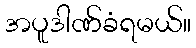
အပူဒါဏ်ခံရမယ်။